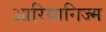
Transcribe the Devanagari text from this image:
आरियानिज्म